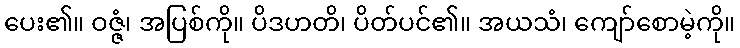
ပေး၏။ ဝဇ္ဇံ၊ အပြစ်ကို။ ပိဒဟတိ၊ ပိတ်ပင်၏။ အယသံ၊ ကျော်စောမဲ့ကို။